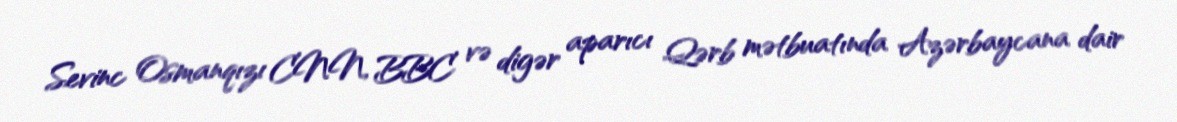
Sevinc Osmanqızı CNN, BBC və digər aparıcı Qərb mətbuatında Azərbaycana dair